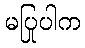
မပြုပါက